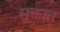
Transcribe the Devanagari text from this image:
सुक्तात